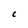
Character: C